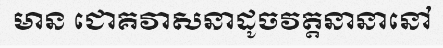
មាន ជោគវាសនាដូចវត្តនានានៅ